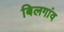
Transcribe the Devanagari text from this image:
बिलगांव